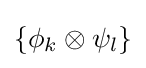
\left\{\phi _{k}\otimes \psi _{l}\right\}